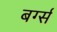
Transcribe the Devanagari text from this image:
बर्ग्स